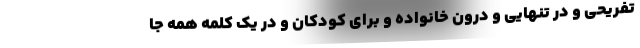
تفریحی و در تنهایی و درون خانواده و برای کودکان و در یک کلمه همه جا